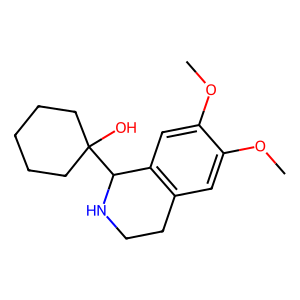
SMILES: COc1cc2c(cc1OC)C(C1(O)CCCCC1)NCC2
Inhibits HIV replication: No